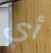
أي